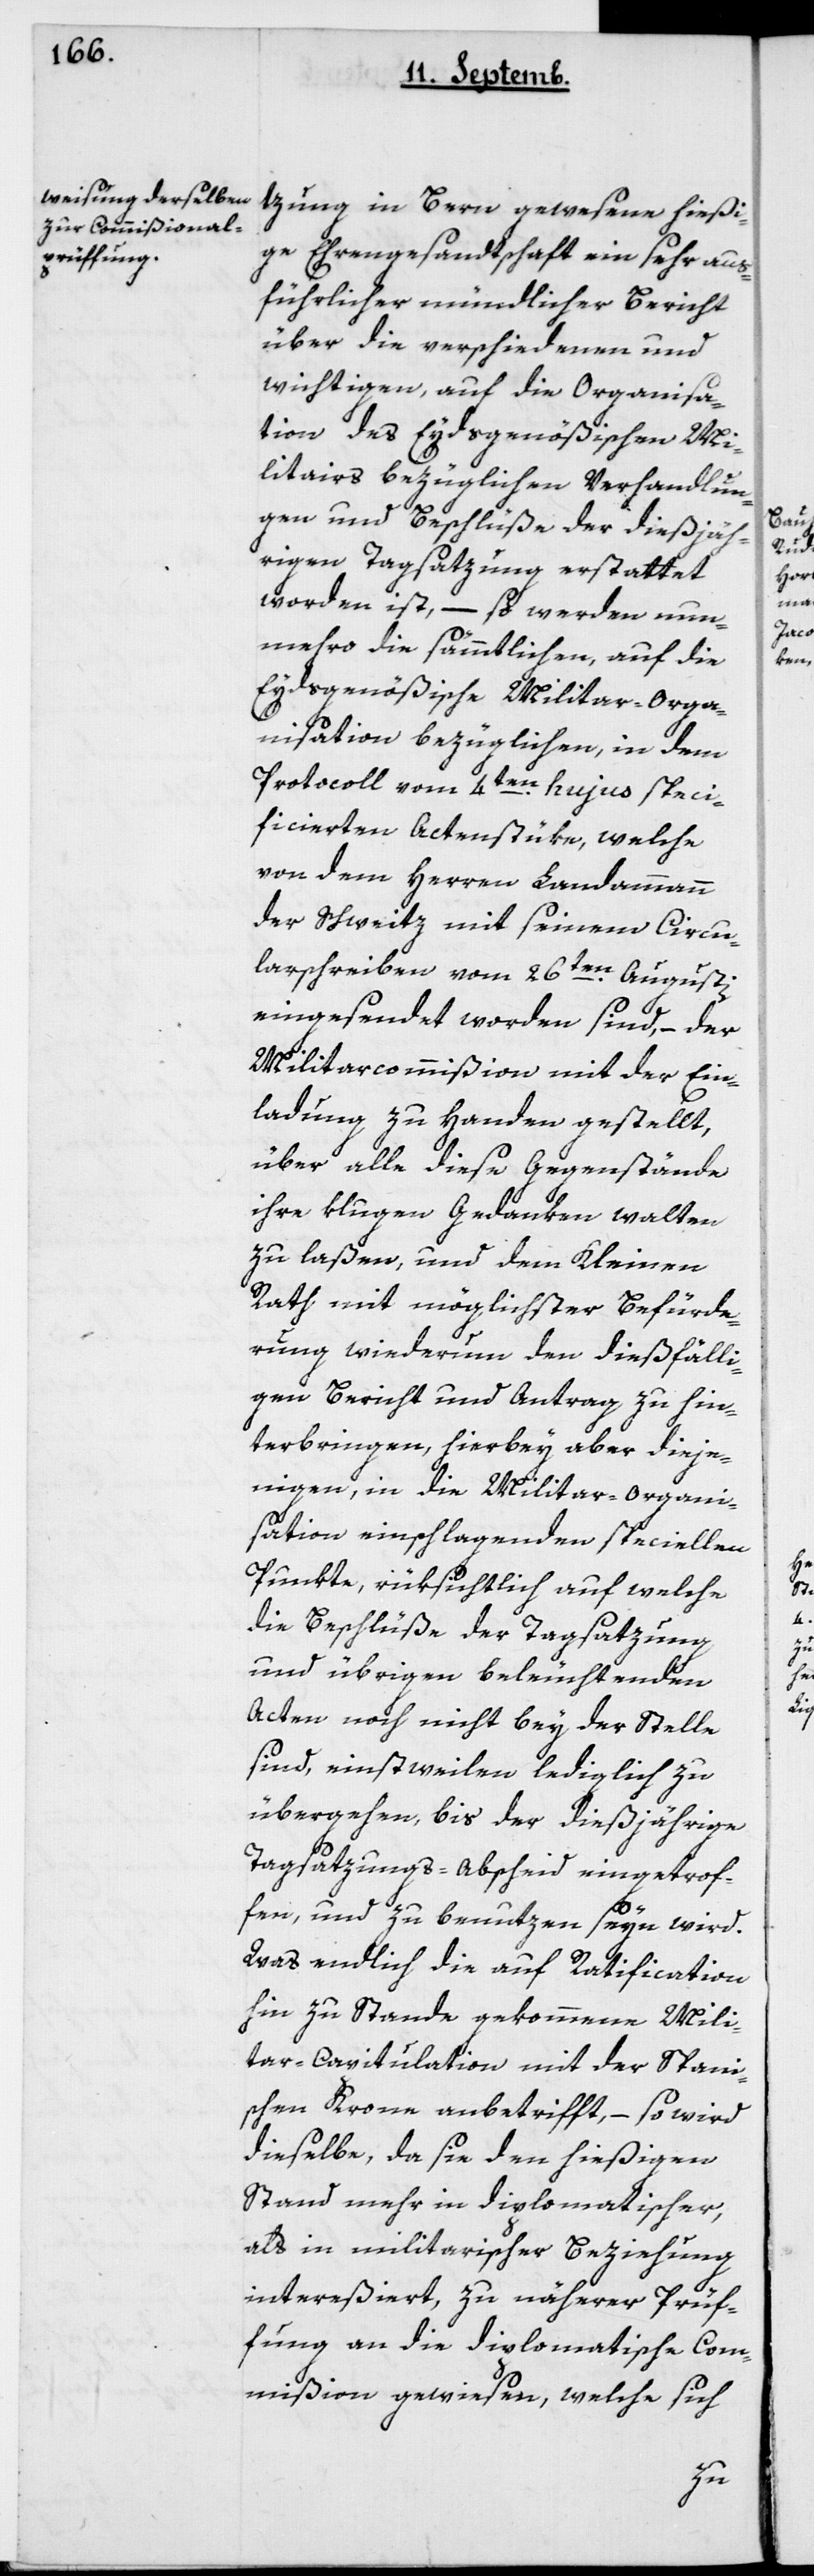
tzung in Bern gewesene hießi¬
ge Ehrengesandtschaft ein sehr aus¬
führlicher mündlicher Bericht
über die verschiedenen und
wichtigen, auf die Organisa¬
tion des Eydsgenößischen Mi¬
litairs bezüglichen Verhandlun¬
gen und Beschlüße der diesjäh¬
rigen Tagsazung erstattet
worden ist, – so werden nun¬
mehro die sämmtlichen, auf die
Eydsgenößische Militar-Orga¬
nisation bezüglichen, in dem
Protocoll vom 4ten hujus speci¬
ficierten Actenstüke, welche
von dem Herrn Landammann
der Schweiz mit seinem Circu¬
larschreiben vom 2ten Augusti
eingesendet worden sind, – der
Militarcommißion mit der Ein¬
ladung zu Handen gestellt,
über alle diese Gegenstände
ihre klugen Gedanken walten
zu laßen, und dem Kleinen
Rath mit möglichster Befürde¬
rung wiederum den dießfälli¬
gen Bericht und Antrag zu hin¬
terbringen, hierbey aber dieje¬
nigen, in die Militair-Organi¬
sation einschlagenden speciellen
Punkte, rüksichtlich auf welche
die Beschlüße der Tagsazung
und übrigen beleuchtenden
Acten noch nicht bey der Stelle
sind, einstweilen lediglich zu
übergehen, bis der diesjährige
Tagsatzungs-Abscheid eingetrof¬
fen und zu benutzen seyn wird.
Was endlich die auf Ratification
hin zu Stande gekommene Mili¬
tair-Capitulation mit der Spani¬
schen Krone anbetrifft, – so wird
dieselbe, da sie den hießigen
Stand mehr in diplomatischer
als in militarischer Beziehung
intereßiert, zu näherer Prüf¬
ung an die diplomatische Com¬
mißion gewiesen, welche sich